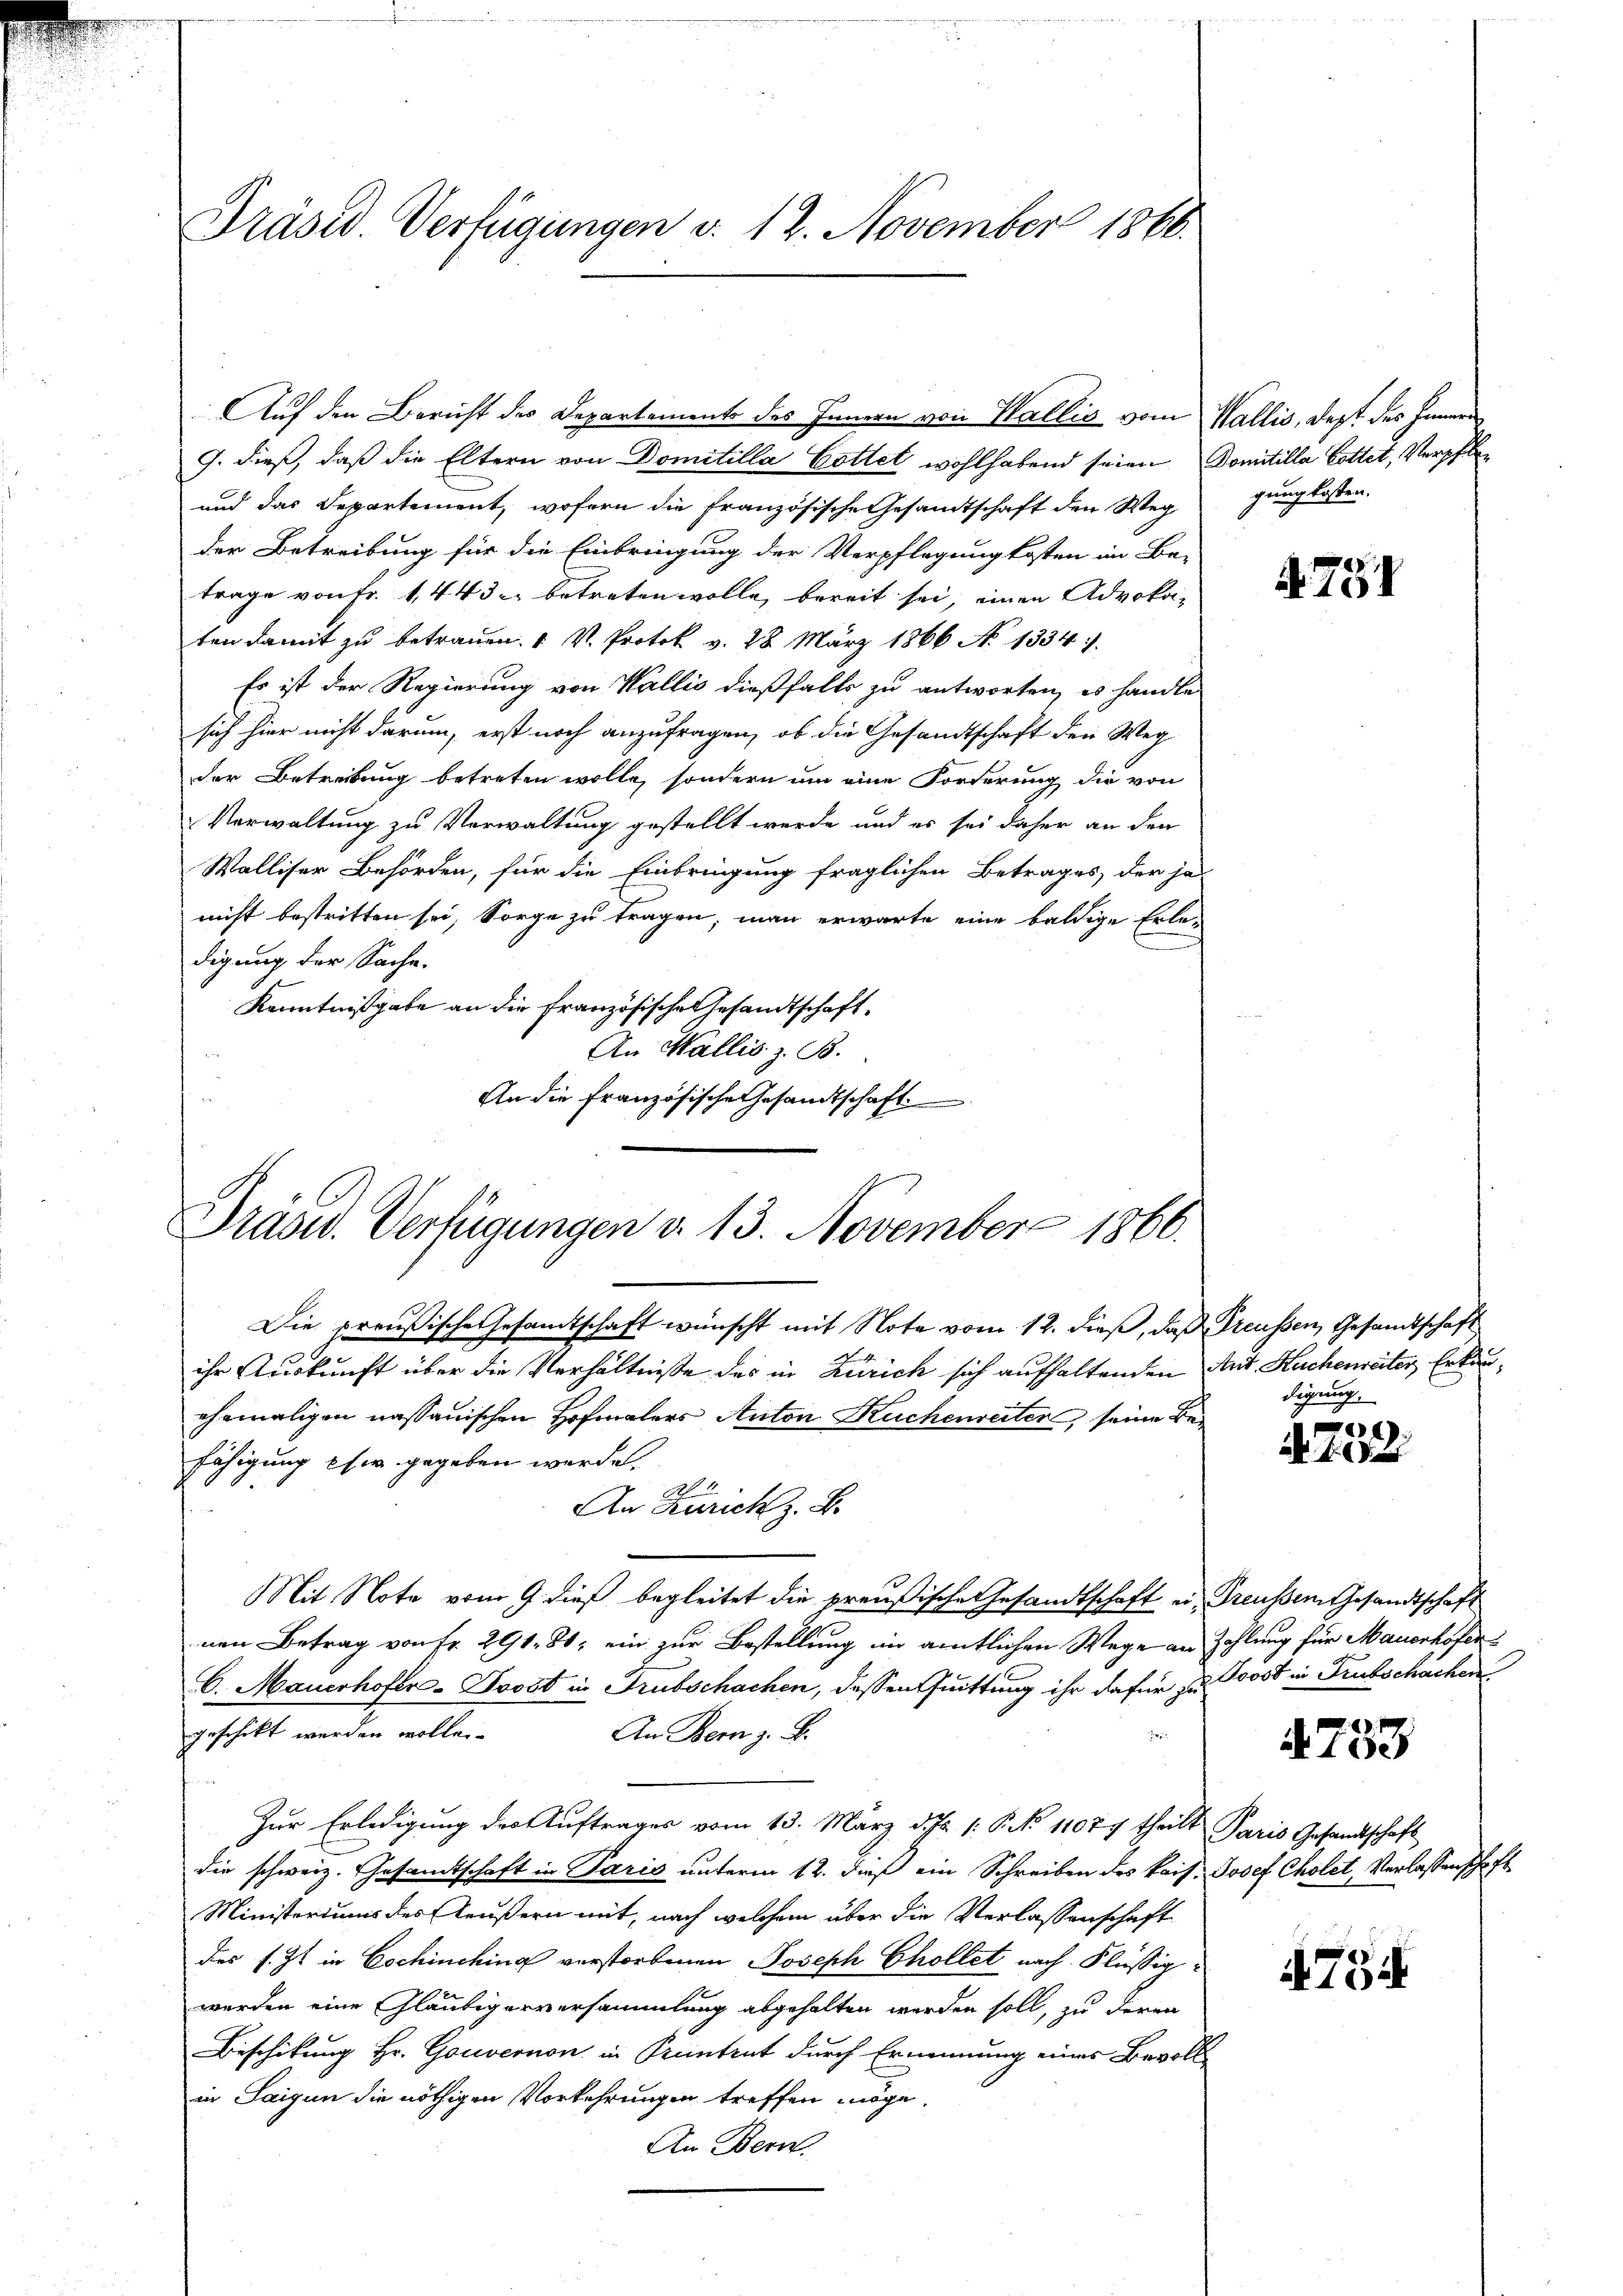
Präsid. Verfügungen v. 12. November 1866.

Auf den Bericht des Departements des Innern von Wallis vom Wallis, dest des Innern
G. dieß, daß die Eltern von Domitilla Cottet wohlhabend seien Domitilla Cottet, Verpfle¬
und das Departement, wofern die französische Gesandtschaft den Weg gung kosten.
der Betreibung für die Einbringung der Verpflegung kosten im Be-
trage von Fr. 1, 443 betreten wolle, bereit sei, einen Advoka-
ten damit zu betrauen. " V. Protok v. 28. März 1866 N. 1334 1.
Es ist der Regierung von Wallis dießfalls zu antworten, es handle
sich hier nicht darum, erst noch anzufragen, ob die Gesandtschaft den Weg
der Betreibung betreten wolle, sondern um eine Forderung die von
Verwaltung zu Verwaltung gestellt werde und es sei daher an den
Walliser Behörden, für die Einbringung fraglichen Betrages, der ja
nicht bestritten sei, Sorge zu tragen, man erwarte eine baldige Erle-
.
digung der Sache.
Kenntnißgabe an die Französische Gesandtschaft¬
An Wallis z. B.
An die Französische Gesandtschaft

Prasid. Verfügungen d. 13. November 1866.

Die preußische Gesandtschaft wünscht mit Note vom 12. dieß, daß Preussen, Gesandtschaft
ihr Auskunft über die Verhältnisse des in Zürich sich aufhaltenden Ant. Kuchenreiter Erkanehemaligen nassauischen Hofmalers Anton Kuchenreiter, seine Befähigung es gegeben werde.
M. 2.
An Zürich z. B.
Mit Note vom 9. dieß begleitet die preußische Gesandtschaft er, Preußen Gesandtschaft
nen Betrag von Fr. 291. 81, ein zur Bestellung im amtlichen Wege an Zahlung für Mauerhöfen
6. Mauerhofer-Joost in Trubschachen, dassen Quittung ihr dafür zu Post in Trubschächen
An Bern z. B.
geschickt werden wolle.
Zur Erledigung des Auftrages vom 13. März d. Js. 1. N. N. 11077 theilt Paris Gesandtschaft
die schweiz. Gesamtschaft in Paris unterm 12. dieß ein Schreiben des kais. Josef Cholet, Verlassenschaft¬
Ministeriums des Aeußern mit, nach welchem über die Verlassenschaft
des s. Zt. in Cochinching verstorbenen Joseph Chollet nach Flüssigwerden eine Gläubigerversammlung abgehalten werden soll, zu deren
Beschikung Hr. Gouvernon in Pruntrut durch Ernennung eines Bevoll
in Saigen die nöthigen Vorkehrungen treffen möge.
An Bern.

A 751

digung.

.
a. f. un

a 180

.754